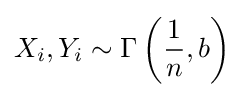
X_{i},Y_{i}\sim \Gamma \left({\frac {1}{n}},b\right)